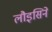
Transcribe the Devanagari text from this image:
लौइसिने